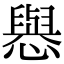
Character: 㦛